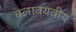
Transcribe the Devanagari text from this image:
चलावयवीय